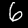
Digit: 6